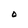
Character: O